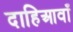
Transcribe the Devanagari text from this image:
दाहिआवाँ